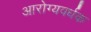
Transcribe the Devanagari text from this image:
आरोग्‍यवर्धक